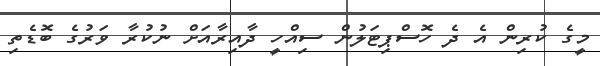
މީގެ ކުރިން އެ ދެ ހޮސްޕިޓަލުން ސިއްހީ ދާއިރާއަށް ނުކުރާ ވަރުގެ ބޮޑެތި